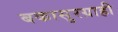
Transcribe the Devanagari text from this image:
बकासुरग्राही